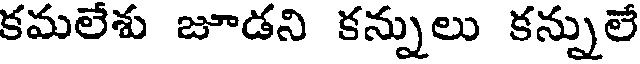
కమలేశు జూడని కన్నులు కన్నులే